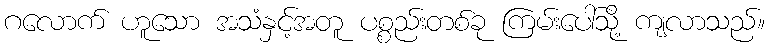
ဂလောက် ဟူသော အသံနှင့်အတူ ပစ္စည်းတစ်ခု ကြမ်းပေါ်သို့ ကျလာသည်။